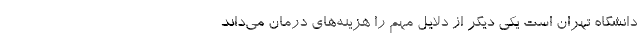
دانشگاه تهران است یکی دیگر از دلایل مهم را هزینه‌های درمان می‌داند